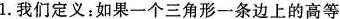
1.我们定于：如果一个三角形一条边上的高等